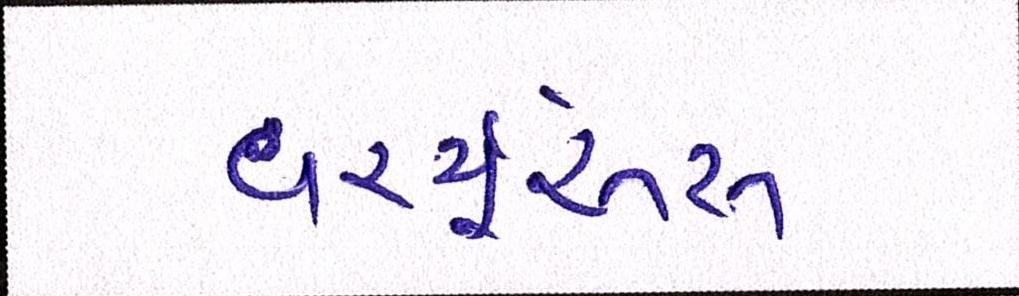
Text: વર્ચ્યૂઅસ